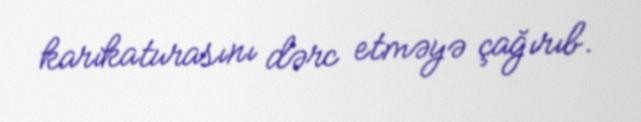
karikaturasını dərc etməyə çağırıb.